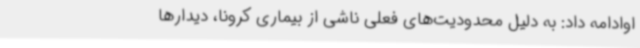
اوادامه داد: به دلیل محدودیت‌های فعلی ناشی از بیماری کرونا، دیدارها